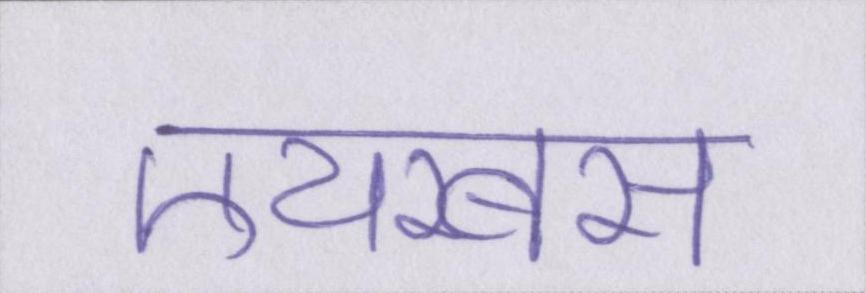
एयरबस